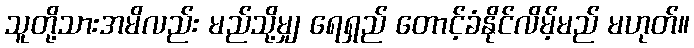
သူတို့သားအမိလည်း မည်သို့မျှ ရေရှည် တောင့်ခံနိုင်လိမ့်မည် မဟုတ်။